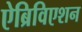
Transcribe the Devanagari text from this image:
ऐब्रिविएशन